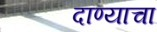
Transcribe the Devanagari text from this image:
दाण्याचा